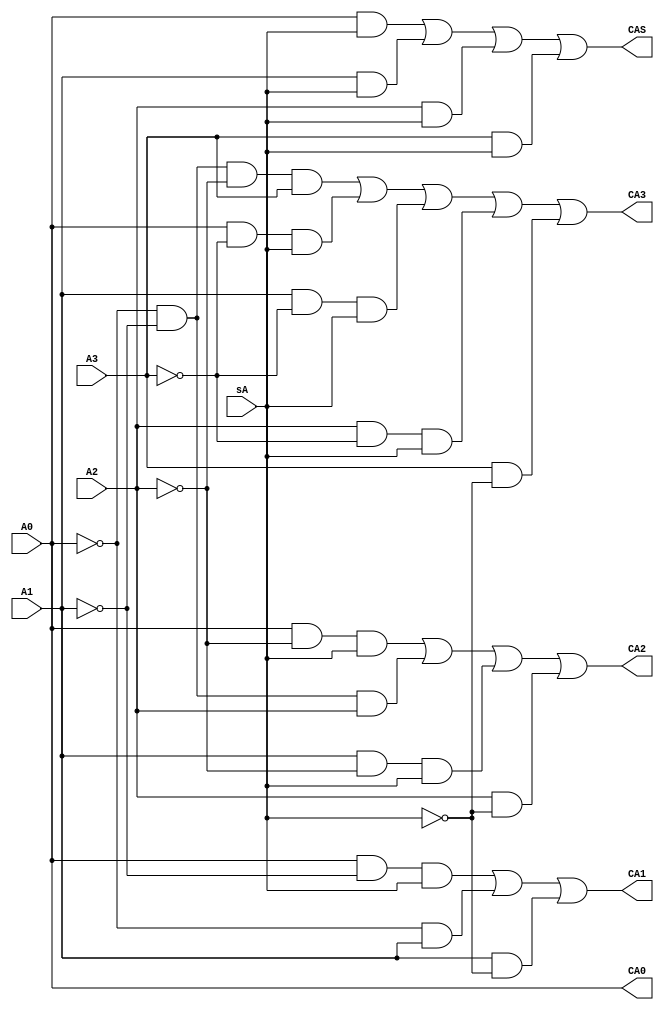
/*
 * Generated by Digital. Don't modify this file!
 * Any changes will be lost if this file is regenerated.
 */

module CA2_base (
  input sA,
  input A3,
  input A2,
  input A1,
  input A0,
  output CAS,
  output CA3,
  output CA2,
  output CA1,
  output CA0
);
  wire s0;
  wire s1;
  wire s2;
  wire s3;
  assign CAS = ((A0 & sA) | (A1 & sA) | (A2 & sA) | (A3 & sA));
  assign s3 = ~ sA;
  assign s2 = ~ A2;
  assign s1 = ~ A1;
  assign s0 = ~ A0;
  assign CA3 = ((s0 & s1 & s2 & A3) | (A0 & ~ A3 & sA) | (A1 & ~ A3 & sA) | (A2 & ~ A3 & sA) | (A3 & s3));
  assign CA2 = ((A0 & s2 & sA) | (s0 & s1 & A2) | (A1 & s2 & sA) | (A2 & s3));
  assign CA1 = ((A0 & s1 & sA) | (s0 & A1) | (A1 & s3));
  assign CA0 = A0;
endmodule

module SUM (
  input X,
  input Y,
  input Cin,
  output Z,
  output Cout
);
  assign Z = ((X ^ Y) ^ Cin);
  assign Cout = (((X & Y) | (X & Cin)) | (Y & Cin));
endmodule

module SUMRES1 (
  input Ys,
  input Y3,
  input Y2,
  input Y1,
  input Y0,
  input X0,
  input X1,
  input X2,
  input X3,
  input Xs,
  input Cin,
  output Z2,
  output Z3,
  output ZS,
  output Z1,
  output Z0,
  output Cout,
  output Dbd
);
  wire s0;
  wire s1;
  wire s2;
  wire s3;
  wire s4;
  wire s5;
  wire s6;
  wire s7;
  wire s8;
  wire s9;
  wire s10;
  wire s11;
  wire s12;
  wire s13;
  wire s14;
  wire s15;
  wire s16;
  wire Cout_temp;
  wire s17;
  CA2_base CA2_base_i0 (
    .sA( Ys ),
    .A3( Y3 ),
    .A2( Y2 ),
    .A1( Y1 ),
    .A0( Y0 ),
    .CAS( s0 ),
    .CA3( s1 ),
    .CA2( s2 ),
    .CA1( s3 ),
    .CA0( s4 )
  );
  CA2_base CA2_base_i1 (
    .sA( Xs ),
    .A3( X3 ),
    .A2( X2 ),
    .A1( X1 ),
    .A0( X0 ),
    .CAS( s5 ),
    .CA3( s6 ),
    .CA2( s7 ),
    .CA1( s8 ),
    .CA0( s9 )
  );
  SUM SUM_i2 (
    .X( s9 ),
    .Y( s4 ),
    .Cin( Cin ),
    .Z( s10 ),
    .Cout( s11 )
  );
  SUM SUM_i3 (
    .X( s8 ),
    .Y( s3 ),
    .Cin( s11 ),
    .Z( s12 ),
    .Cout( s13 )
  );
  SUM SUM_i4 (
    .X( s7 ),
    .Y( s2 ),
    .Cin( s13 ),
    .Z( s14 ),
    .Cout( s15 )
  );
  SUM SUM_i5 (
    .X( s6 ),
    .Y( s1 ),
    .Cin( s15 ),
    .Z( s16 ),
    .Cout( Cout_temp )
  );
  SUM SUM_i6 (
    .X( s5 ),
    .Y( s0 ),
    .Cin( Cout_temp ),
    .Z( s17 ),
    .Cout( Dbd )
  );
  CA2_base CA2_base_i7 (
    .sA( s17 ),
    .A3( s16 ),
    .A2( s14 ),
    .A1( s12 ),
    .A0( s10 ),
    .CAS( ZS ),
    .CA3( Z3 ),
    .CA2( Z2 ),
    .CA1( Z1 ),
    .CA0( Z0 )
  );
  assign Cout = Cout_temp;
endmodule